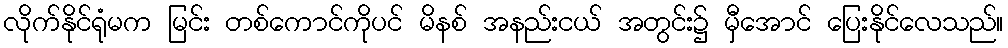
လိုက်နိုင်ရုံမက မြင်း တစ်ကောင်ကိုပင် မိနစ် အနည်းငယ် အတွင်း၌ မှီအောင် ပြေးနိုင်လေသည်။